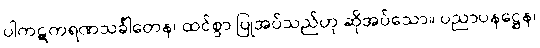
ပါကဋကရဏသင်္ခါတေန၊ ထင်စွာ ပြုအပ်သည်ဟု ဆိုအပ်သော။ ပညာပနဋ္ဌေန၊